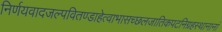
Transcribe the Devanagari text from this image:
निर्णयवादजल्पवितण्डाहेत्वाभासच्छलजातिकपटनिग्रहस्थानानां